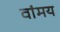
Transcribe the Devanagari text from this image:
वांमय